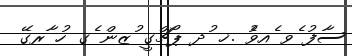
ސާފު ެވ ެއވެު .ޚ ުދ ޕޯޗްގީ ުޒން ެގ ހު ާރގޭ